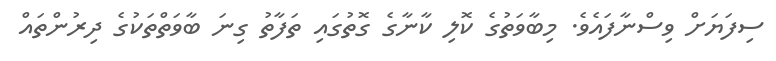
ސިފަޔަށް ވިސްނާފައެވެ. މިބާވަތުގެ ކޮލި ކާނާގެ ގޮތުގައި ތަފާތު ގިނަ ބާވަތްތަކުގެ ދިރުންތައް